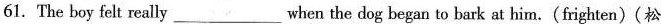
61.The boy felt really___when the dog began to bark at him.(frighten)(松